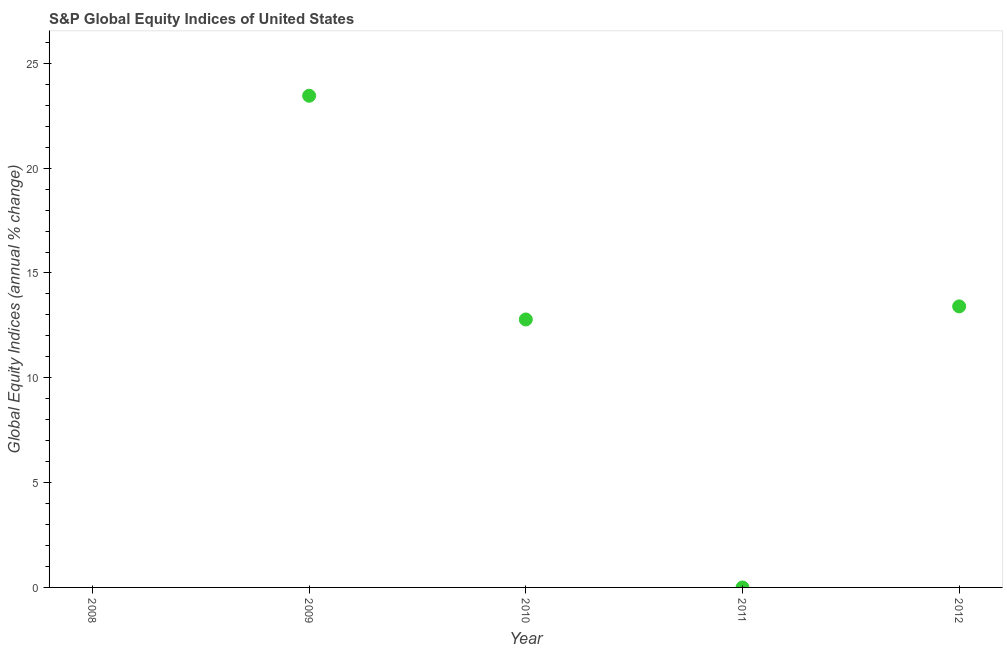
| Year | S&P Global Equity Indices |
 | --- | --- |
 | 2008 | -38.5 |
 | 2009 | 23.5 |
 | 2010 | 12.8 |
 | 2011 | -0.00248 |
 | 2012 | 13.4 |